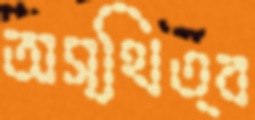
অস্থিত্ব